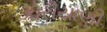
કોરીયાણી